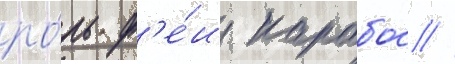
ро́ль ф'е́и карабос //